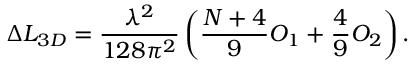
\Delta { \cal L } _ { 3 D } = { \frac { \lambda ^ { 2 } } { 1 2 8 \pi ^ { 2 } } } \left( { \frac { N + 4 } { 9 } } O _ { 1 } + { \frac { 4 } { 9 } } O _ { 2 } \right) .